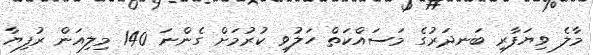
މާލެ ވިޔަފާރި ބަނދަރުގެ މަސައްކަތް ހަލުވި ކުރުމަށް ގެންނަ 140 މިލިއަން ރުފިޔާ